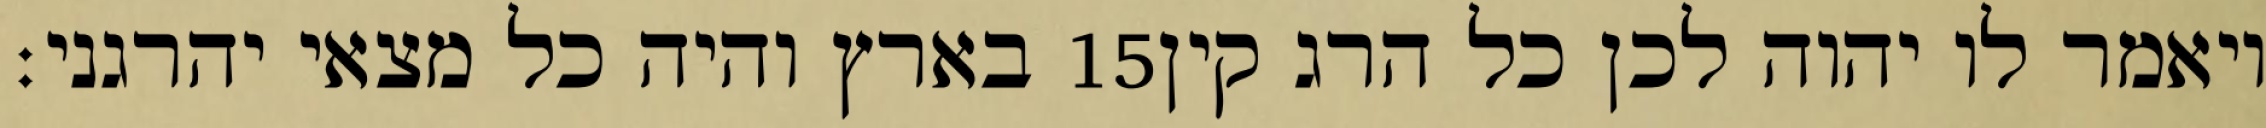
בארץ והיה כל מצאי יהרגני׃ ‎15‏ ויאמר לו יהוה לכן כל הרג קין